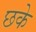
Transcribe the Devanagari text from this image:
छके